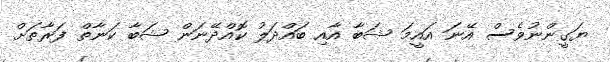
ޔަގީންނުވެސް އޭނަ އައީމަ ޝަބާ އާއި ބައްދަލު ކޮއްދޭނަން ޝަބާ ކަނާތް ފަރާތަށް